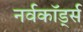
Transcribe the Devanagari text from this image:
नर्वकॉर्ड्स